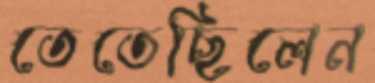
তেতেছিলেন